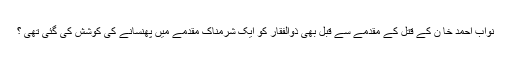
نواب احمد خا ن کے قتل کے مقدمے سے قبل بھی ذوالفقار کو ایک شرمناک مقدمے میں پھنسانے کی کوشش کی گئی تھی ؟